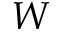
W